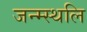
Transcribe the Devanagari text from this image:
जन्म्स्थलि